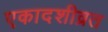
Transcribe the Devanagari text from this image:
एकादशीव्रत